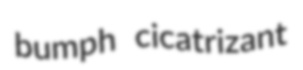
bumph cicatrizant